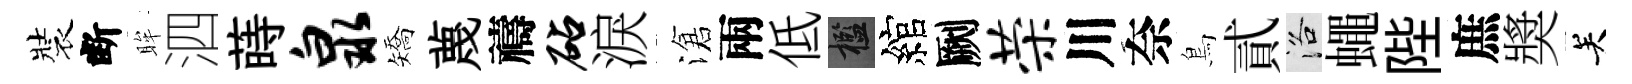
裝断眸泗蒔泉矯蔑禱砧淚滄兩低檻綰劂荣川奈鳥貳洛蠅陛庶奬关